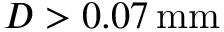
D > 0 . 0 7 \, \mathrm { m m }